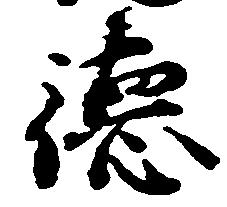
徳